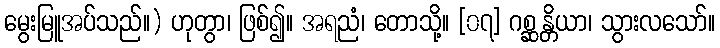
မွေးမြူအပ်သည်။) ဟုတွာ၊ ဖြစ်၍။ အရညံ၊ တောသို့။ [၀၇] ဂစ္ဆန္တိယာ၊ သွားလသော်။